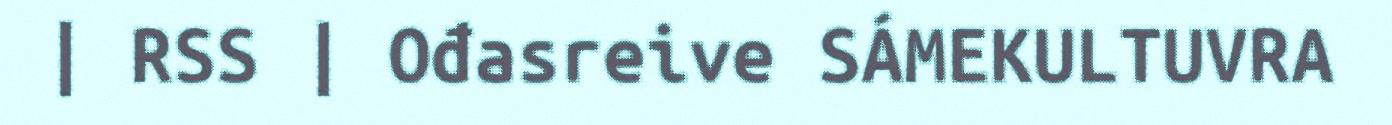
| RSS | Ođasreive SÁMEKULTUVRA